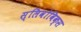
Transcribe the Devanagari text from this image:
स्लिवोविक्स